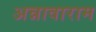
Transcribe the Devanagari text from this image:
अन्नावाराम